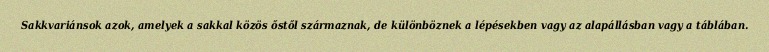
Sakkvariánsok azok, amelyek a sakkal közös őstől származnak, de különböznek a lépésekben vagy az alapállásban vagy a táblában.